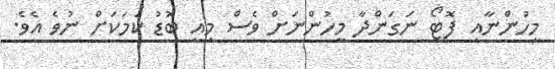
މީހުންނާއި ފޮޓޯ ނަގަންދާ މީހުންނަށް ވެސް މިއީ ބޮޑު ކަމަކަށް ނުވެ އެވެ.